Hæmogregarina gerbilli - Number 18
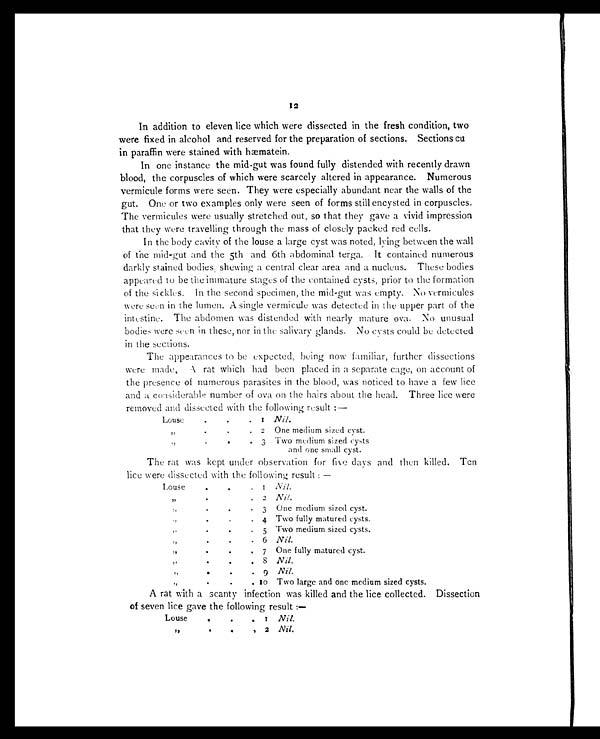
12
In addition to eleven lice which were dissected in the fresh condition, two
were fixed in alcohol and reserved for the preparation of sections. Sections cu
in paraffin were stained with hæmatein.
In one instance the mid-gut was found fully distended with recently drawn
blood, the corpuscles of which were scarcely altered in appearance. Numerous
vermicule forms were seen. They were especially abundant near the walls of the
gut. One or two examples only were seen of forms still encysted in corpuscles.
The vermicules were usually stretched out, so that they gave a vivid impression
that they were travelling through the mass of closely packed red cells.
In the body cavity of the louse a large cyst was noted, lying between the wall
of the mid-gut and the 5th and 6th abdominal terga. It contained numerous
darkly stained bodies, showing a central clear area and a nucleus. These bodies
appeared to be the immature stages of the contained cysts, prior to the formation
of the sickles. In the second specimen, the mid-gut was empty. No vermicules
were seen in the lumen. A single vermiculu was detected in the upper part of the
intestine. The abdomen was distended with nearly mature ova. No unusual
bodies were seen in these, nor in the salivary glands. No cysts could be detected
in the sections.
The appearances to be expected, being now familiar, further dissections
were made, A rat which had been placed in a separate cage, on account of
the presence of numerous parasites in the blood, was noticed to have a few lice
and a considerable number of ova on the hairs about the head. Three lice were
removed and dissected with the following result :—
Louse
.
. . 1 Nil.
"
. . . 2 One medium sized cyst.
"
. . . 3 Two medium sized cysts
and one small cyst.
The rat was kept under observation for five days and then killed. Ten
lice were dissected with the following result. : —
Louse
.
. . 1 Nil.
" .
. . 2 Nil.
" , , .
.
. 3 One medium sized cyst.
" , .
. . . 4 Two fully matured cysts.
" .
. . 5 Two medium sized cysts.
" .
. . 6 Nil.
" .
.
. 7 One, fully matured cyst.
" .
.
. 8 Nil.
"
.
.
. 9 Nil.
"
.
.
. 1 0 Two large and one medium sized cysts.
A rat with a scanty infection was killed and the lice collected. Dissection
of seven lice gave the following result :—
Louse
. . . 1 N i l .
"
. . . 2 Nil.